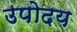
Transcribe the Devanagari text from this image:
उपोदय